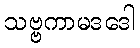
သဗ္ဗကာမဒဒေါ